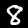
Digit: 8